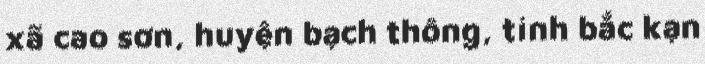
xã cao sơn, huyện bạch thông, tỉnh bắc kạn